system: You are a helpful assistant.
user:
Analyze the provided spectrum to determine if it is a **Carbon Star (C-type)**.

- **Key Visual Indicators of Carbon Star:**
    - **(Primary):** Strong molecular absorption from **C₂ (diatomic carbon) "Swan Bands."** This is the **defining feature** of a carbon star.
        - **(Key Bandheads):** Sharp absorption edges are visible at approximately $5635$ Å, $5165$ Å (the strongest band), and $4737$ Å.
        - **(Line Profile):** Creates a distinct **"saw-tooth"** pattern. The key morphology is a sharp, steep bandhead on the **red (long-wavelength) side**, which then gradually tapers off (i.e., flux recovers) towards the **blue (short-wavelength) side**. *(This is the direct opposite of the TiO bands seen in M-type stars)*.

    - **(Secondary):** Intense **CN (cyanogen)** molecular absorption bands.
        - **(Key Bandheads):** Located in the blue and violet regions of the spectrum (e.g., near $4215$ Å and $3883$ Å).
        - **(Morphology):** These bands are extremely broad and act as a "blanket," absorbing the vast majority of blue and violet light. This creates a characteristic **"cliff"** or **"steep drop-off"** in the spectrum's flux at short wavelengths.

    - **(Key Confirmation):** Strong **CH absorption band (G-band)**.
        - **(Key Bandhead):** Located around $4300$ Å. The contribution from CH molecules to this band is exceptionally strong.

    - **(Overall Spectrum):**
        - The continuum is severely "chopped up" by these deep molecular bands, especially C₂, rather than appearing as a smooth curve.
        - Due to the heavy CN and C₂ absorption in the blue-green, the vast majority of the star's flux is concentrated in the red part of the spectrum, giving the star its characteristic deep red color.

Think first, call **spectral_visualization_tool** if needed to examine features in detail, then provide your final answer. Your response must adhere to the following strict rules:
1.  **Overall Structure:** Your response must follow the format `<think>...</think> <tool_call>...</tool_call> (if a tool is used) <answer>...</answer>`.
2.  **Tool Usage Constraint:** You may only make **one** tool call per turn.
3.  **Final Answer Format:** In the `<answer>` tag, your conclusion must be inside a `\boxed{}` command (e.g., `\boxed{YES}`), followed by your justification.

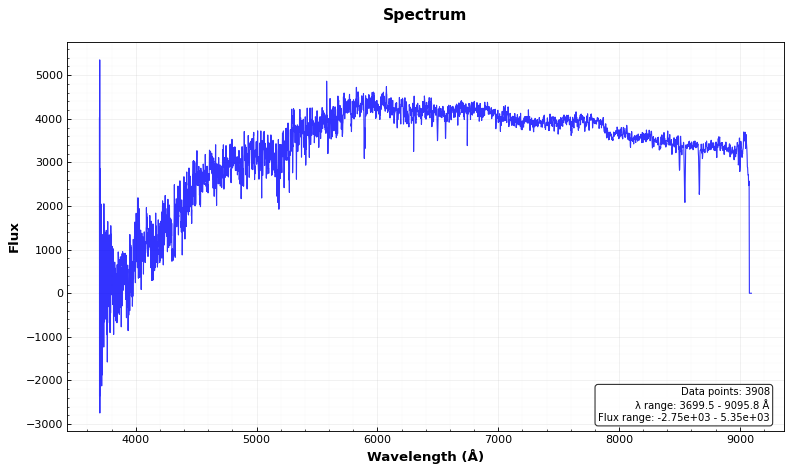
Answer: NO